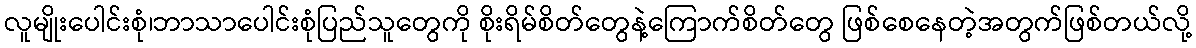
လူမျိုးပေါင်းစုံ၊ဘာသာပေါင်းစုံပြည်သူတွေကို စိုးရိမ်စိတ်တွေနဲ့ကြောက်စိတ်တွေ ဖြစ်စေနေတဲ့အတွက်ဖြစ်တယ်လို့